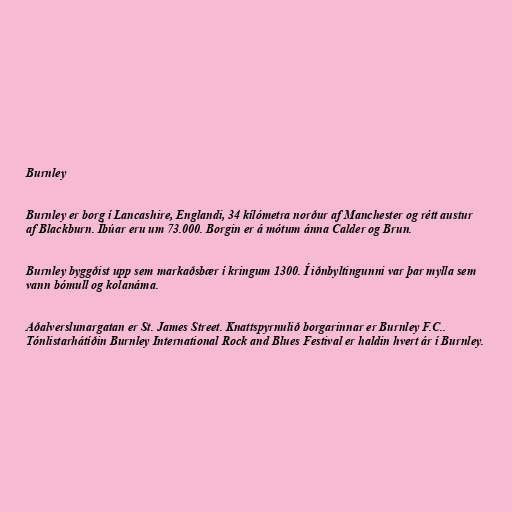
Burnley

Burnley er borg í Lancashire, Englandi, 34 kílómetra norður af Manchester og rétt austur
af Blackburn. Íbúar eru um 73.000. Borgin er á mótum ánna Calder og Brun.

Burnley byggðist upp sem markaðsbær í kringum 1300. Í iðnbyltingunni var þar mylla sem
vann bómull og kolanáma.

Aðalverslunargatan er St. James Street. Knattspyrnulið borgarinnar er Burnley F.C..
Tónlistarhátíðin Burnley International Rock and Blues Festival er haldin hvert ár í Burnley.